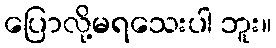
ပြောလို့မရသေးပါ ဘူး။